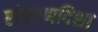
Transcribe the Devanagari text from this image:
संचरणदिशा